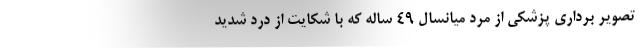
تصویر برداری پزشکی از مرد میانسال ۴۹ ساله که با شکایت از درد شدید